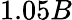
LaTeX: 1.05B